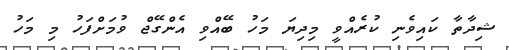
ޝިދާތާ ކައިވެނި ކުރެއްވީ މިދިޔަ މަހު ބޭއްވި އެންގޭޖް ވުމަށްފަހު މި މަހު